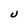
Character: U